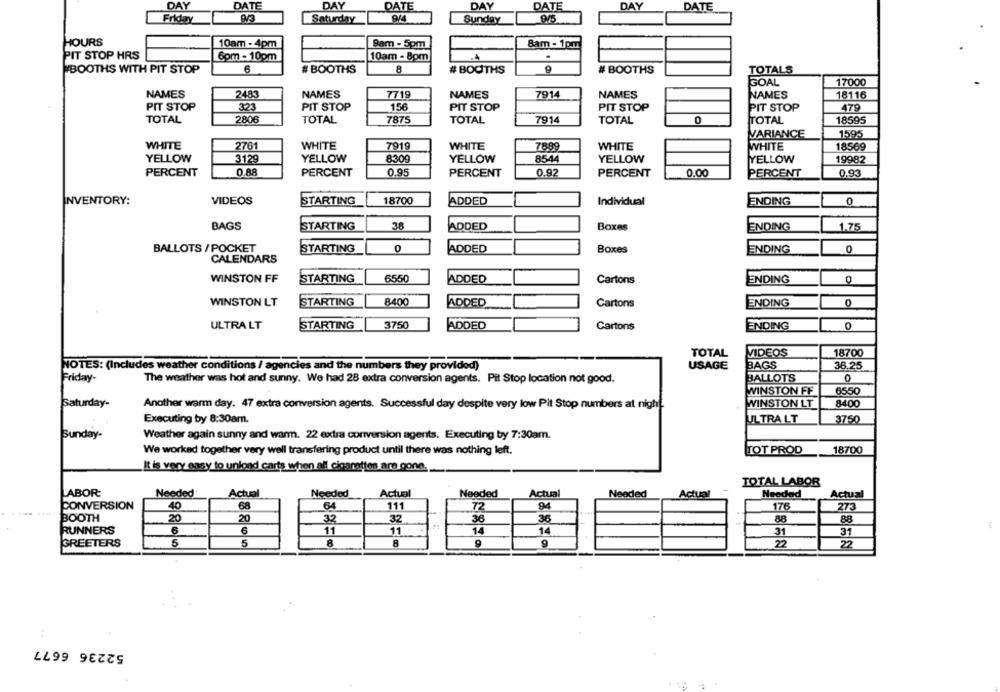
DAY
DATE
DAY
DATE
DAY
DATE
DAY
DATE
Friday
9/3
Saturday
9/4
Sunday
HOURS
10am - 4pm
8am - 5pm
Bam - 1pm
PIT STOP HRS
6pm - 10pm
10am - 8pm
6
# BOOTHS
8
9
WBOOTHS WITH PIT STOP
# BOOTHS
# BOOTHS
TOTALS
GOAL
17000
NAMES
2483
NAMES
7719
NAMES
7914
NAMES
NAMES
18116
PIT STOP
323
PIT STOP
156
PIT STOP
PIT STOP
PIT STOP
479
TOTAL
2806
TOTAL
7875
TOTAL
7914
TOTAL
0
TOTAL
18595
VARIANCE
1595
WHITE
WHITE
WHITE
2761
7919
7889
WHITE
WHITE
18569
YELLOW
3129
YELLOW
8309
YELLOW
8544
YELLOW
YELLOW
19982
PERCENT
0.88
PERCENT
0.95
PERCENT
0.92
0.00
PERCENT
PERCENT
0.93
INVENTORY:
VIDEOS
STARTING
18700
ADDED
Individual
0
ENDING
BAGS
STARTING
38
ADDED
Boxes
ENDING
1.75
BALLOTS / POCKET
STARTING
0
ADDED
Boxes
ENDING
0
CALENDARS
6550
WINSTON FF
STARTING
ADDED
Cartons
ENDING
WINSTON LT
STARTING
8400
ADDED
Cartons
ENDING
3750
ULTRA LT
STARTING
ADDED
Cartons
ENDING
0
TOTAL
18700
VIDEOS
NOTES: (Includes weather conditions / agencies and the numbers they provided)
USAGE
BAGS
36.25
Friday-
The weather was hot and sunny. We had 28 extra conversion agents. Pit Stop location not good.
BALLOTS
0
WINSTON FF
6550
Saturday-
Another warm day. 47 extra conversion agents. Successful day despite very low Pit Stop numbers at night.
WINSTON LT
8400
Executing by 8:30am.
ULTRA LT
3750
Sunday-
Weather again sunny and warm. 22 extra conversion agents. Executing by 7:30am.
We worked together very well transfering product until there was nothing left.
TOT PROD
18700
It is very easy to unload carts when all cigarettes are gone.
TOTAL LABOR
LABOR:
Needed :
Actual
Needed
Actual
Needed
Actual
Needed
Actual
Needed
Actual
CONVERSION
40
68
94
64
111
72
176
273
BOOTH
20
20
32
36
36
88
32
88
RUNNERS
6
11
11
14
14
31
31
GREETERS
5
5
8
8
9
9
22
22
52236 6677